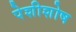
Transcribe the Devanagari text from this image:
पेशीशोष